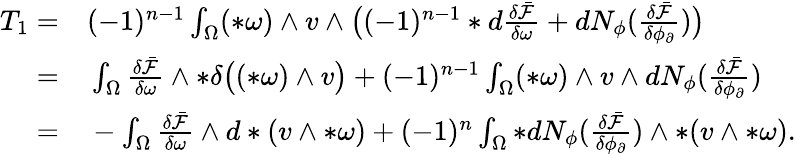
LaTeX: \begin{array}{rl}{T_{1}=}&{{}(-1)^{n-1}\int_{\Omega}(\ast\omega)\wedge v\wedge\big((-1)^{n-1}\ast d\frac{\delta\bar{\mathcal{F}}}{\delta\omega}+dN_{\phi}(\frac{\delta\bar{\mathcal{F}}}{\delta\phi_{\partial}})\big)}\\ {=}&{{}\int_{\Omega}\frac{\delta\bar{\mathcal{F}}}{\delta\omega}\wedge\ast\delta\big((\ast\omega)\wedge v\big)+(-1)^{n-1}\int_{\Omega}(\ast\omega)\wedge v\wedge dN_{\phi}(\frac{\delta\bar{\mathcal{F}}}{\delta\phi_{\partial}})}\\ {=}&{{}-\int_{\Omega}\frac{\delta\bar{\mathcal{F}}}{\delta\omega}\wedge d\ast(v\wedge\ast\omega)+(-1)^{n}\int_{\Omega}\ast dN_{\phi}(\frac{\delta\bar{\mathcal{F}}}{\delta\phi_{\partial}})\wedge\ast(v\wedge\ast\omega).}\end{array}